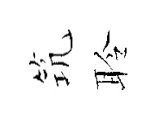
𥬑聆